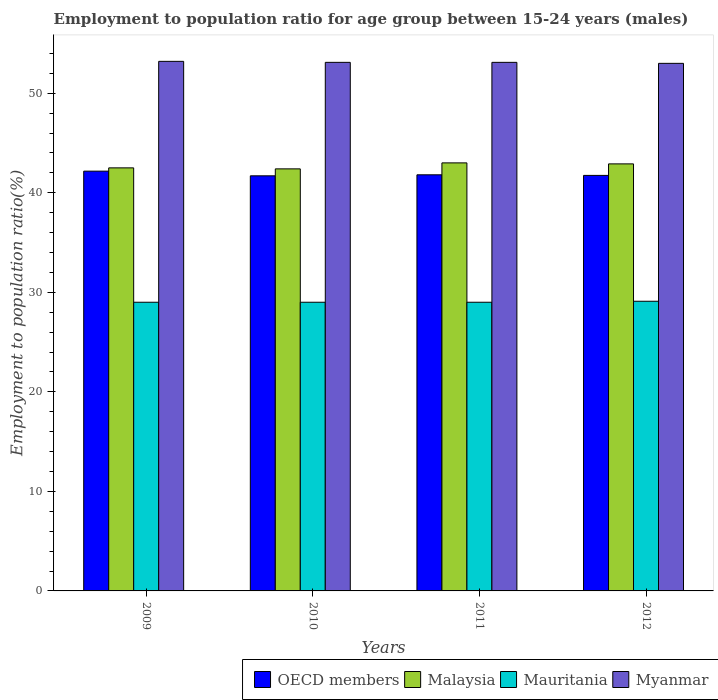
| Years | OECD members | Malaysia | Mauritania | Myanmar |
 | --- | --- | --- | --- | --- |
 | 2009 | 42.2 | 42.5 | 29 | 53.2 |
 | 2010 | 41.7 | 42.4 | 29 | 53.1 |
 | 2011 | 41.8 | 43 | 29 | 53.1 |
 | 2012 | 41.7 | 42.9 | 29.1 | 53 |